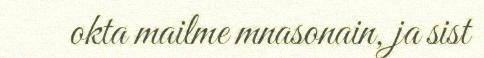
okta mailme mnasonain, ja sist